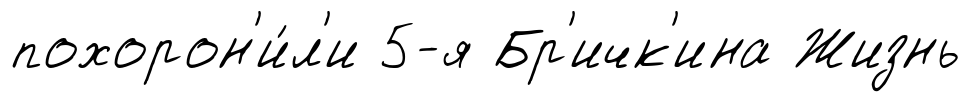
похорон'и́л'и 5-я Бр'ичк'ина Жизнь